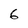
Character: 6